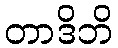
တာဒိဘိ